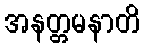
အနတ္တမနာတိ